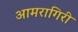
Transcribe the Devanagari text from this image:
आमरागिरी